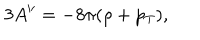
LaTeX: 3 A ^ { \prime \prime } = - 8 \pi ( \rho + p _ { T } ) ,